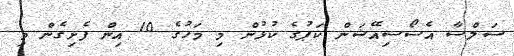
ސަލްސާ އެސޯސިއޭޝަން ކަޕުގެ ކުޅުން މި މަހުގެ 10 އިން ފެށިގެން މި